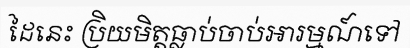
ដៃនេះ ប្រិយមិត្តធ្លាប់ចាប់អារម្មណ៍ទៅ